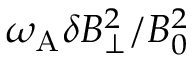
\omega _ { \mathrm { A } } \delta B _ { \perp } ^ { 2 } / B _ { 0 } ^ { 2 }